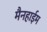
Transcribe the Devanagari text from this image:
मैनहाईम